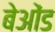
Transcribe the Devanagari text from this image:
बेओंड